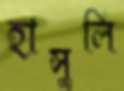
হাসুলি